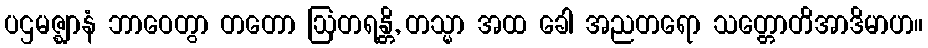
ပဌမဇ္ဈာနံ ဘာဝေတွာ တတော ဩတရန္တိ, တသ္မာ အထ ခေါ အညတရော သတ္တောတိအာဒိမာဟ။